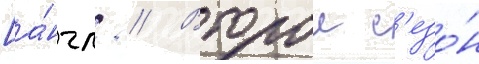
[а́нгл. // Второи с'езо́н